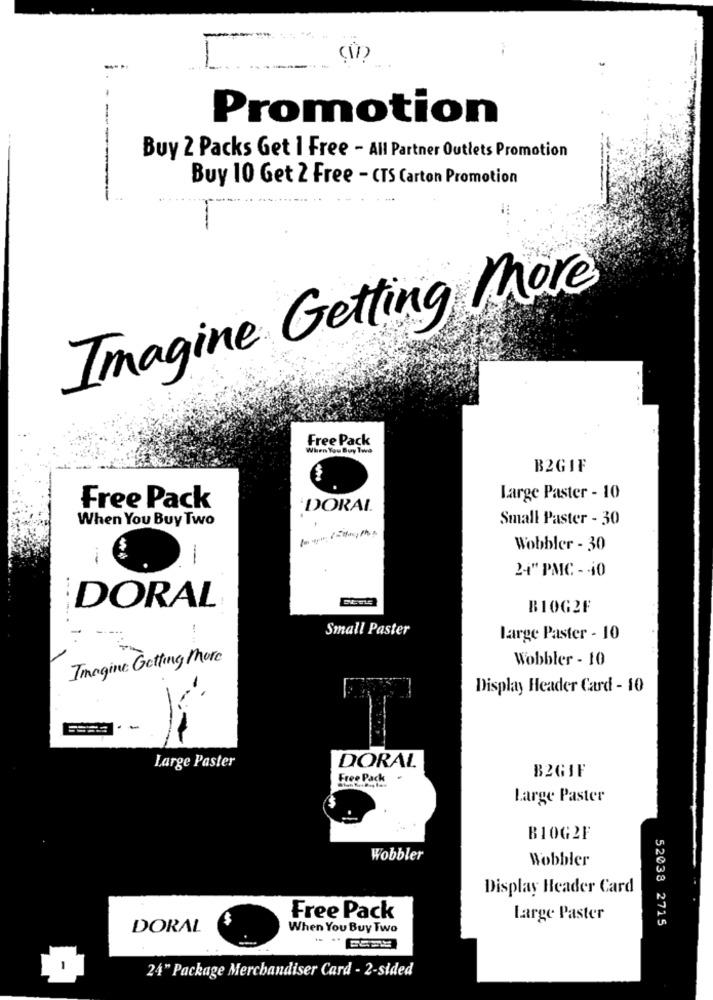
Promotion
Buy 2 Packs Get 1 Free - All Partner Outlets Promotion
Buy 10 Get 2 Free - CTS Carton Promotion
Imagine Getting More
Free Pack
When You Buy Two
B2GIF
Large Paster - 10
Free Pack
DORAL
When You Buy Two
Small Paster - 30
Wobbler - 30
-
24" PMC - 40
DORAL
B1OG2F
Small Paster
large Paster - 10
Imagine Getting More
Wobbler - 10
Display Header Card - 10
Large Paster
DORAL
Free Pack
B2GIF
Large Paster
B1OG2F
Wobbler
Wobbler
Display Header Card
$
Free Pack
Large Paster
52038 2715
DORAL
When You Buy Two
24" Package Merchandiser Card - 2-sided